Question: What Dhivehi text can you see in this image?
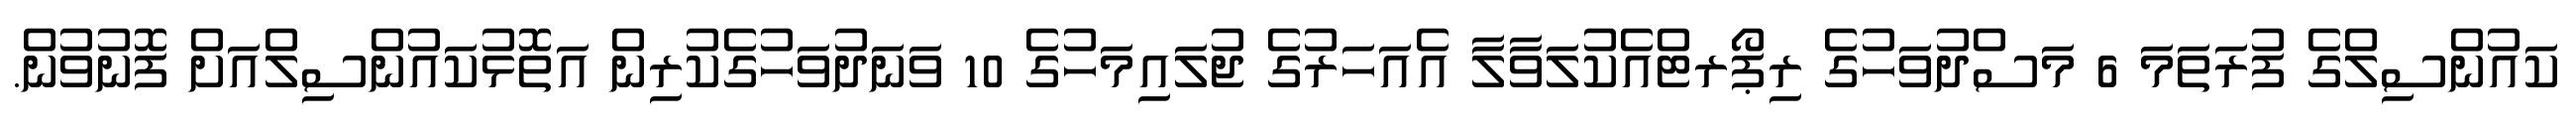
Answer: ކައުންސިލްގެ ފުރަތަމަ 6 މަސްދުވަހުގެ ރިޕޯރޓްއެކުލަވާލާ އެއަހަރުގެ ޖުލައިމަހުގެ 10 ވަނަދުވަހުގެކުރިން އަތޮޅުކައުންސިލްއަށް ފޮނުވުން.